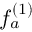
f _ { a } ^ { ( 1 ) }